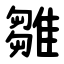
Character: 雛